Civil Veterinary Dept. North-West Frontier Province 1933-46 - 1933-1946
Year: 1933
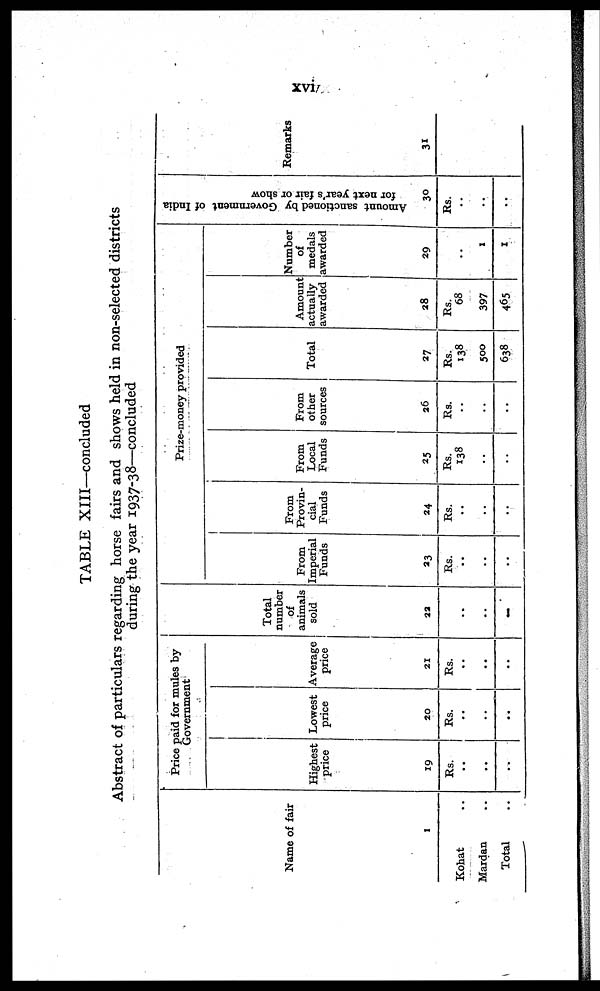
xvi
TABLE XIII—concluded
Abstract of particulars regarding horse fairs and shows held in non-selected districts
during the year 1937-38—concluded
Name of fair
1
Kohat ..
Mardan ..
Total
Price paid for mules by
Government
Highest
price
19
Rs.
..
..
..
Lowest
price
20
Rs.
..
..
..
Average
price
21
Rs.
..
..
..
Total
number
of
animals
sold
22
..
..
..
From
Imperial
Funds
23
Rs.
..
..
..
From
Provin-
cial
Funds
24
Rs.
..
..
..
Prize-money provided
From
Local
Funds
25
Rs.
138
..
..
From
other
sources
26
Rs.
..
..
..
Total
27
Rs.
138
500
638
Amount
actually
awarded
28
Rs.
68
397
465
Number
of
medals
awarded
29
..
1
1
Amount sanctioned by Government of India
for next year's fair or show
30
Rs.
..
..
..
Remarks
31